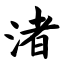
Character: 渚